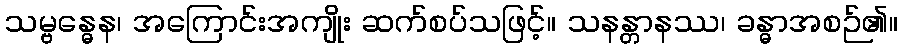
သမ္ဗန္ဓေန၊ အကြောင်းအကျိုး ဆက်စပ်သဖြင့်။ သနန္တာနဿ၊ ခန္ဓာအစဉ်၏။